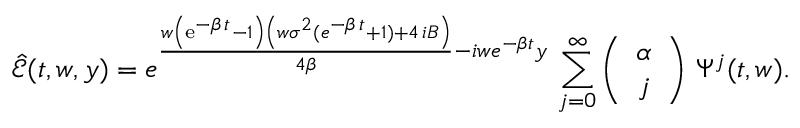
\hat { \mathcal E } ( t , w , y ) = { { e } ^ { { \frac { w \left( { \mathrm { e } ^ { - \beta \, t } } - 1 \right) \left( w { \sigma } ^ { 2 } ( { { e } ^ { - \beta \, t } } + 1 ) + 4 \, i B \right) } { 4 \beta } } - i w e ^ { - \beta t } y } } \, \sum _ { j = 0 } ^ { \infty } \left( \begin{array} { c } { \alpha } \\ { j } \end{array} \right) \, \Psi ^ { j } ( t , w ) .